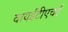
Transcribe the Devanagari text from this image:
वायईटीएचई